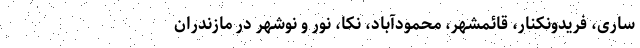
ساری، فریدونکنار، قائمشهر، محمودآباد، نکا، نور و نوشهر در مازندران